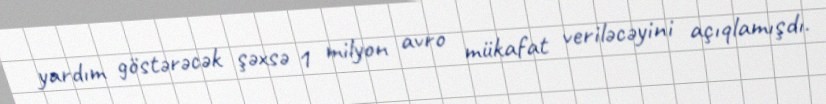
yardım göstərəcək şəxsə 1 milyon avro mükafat veriləcəyini açıqlamışdı.